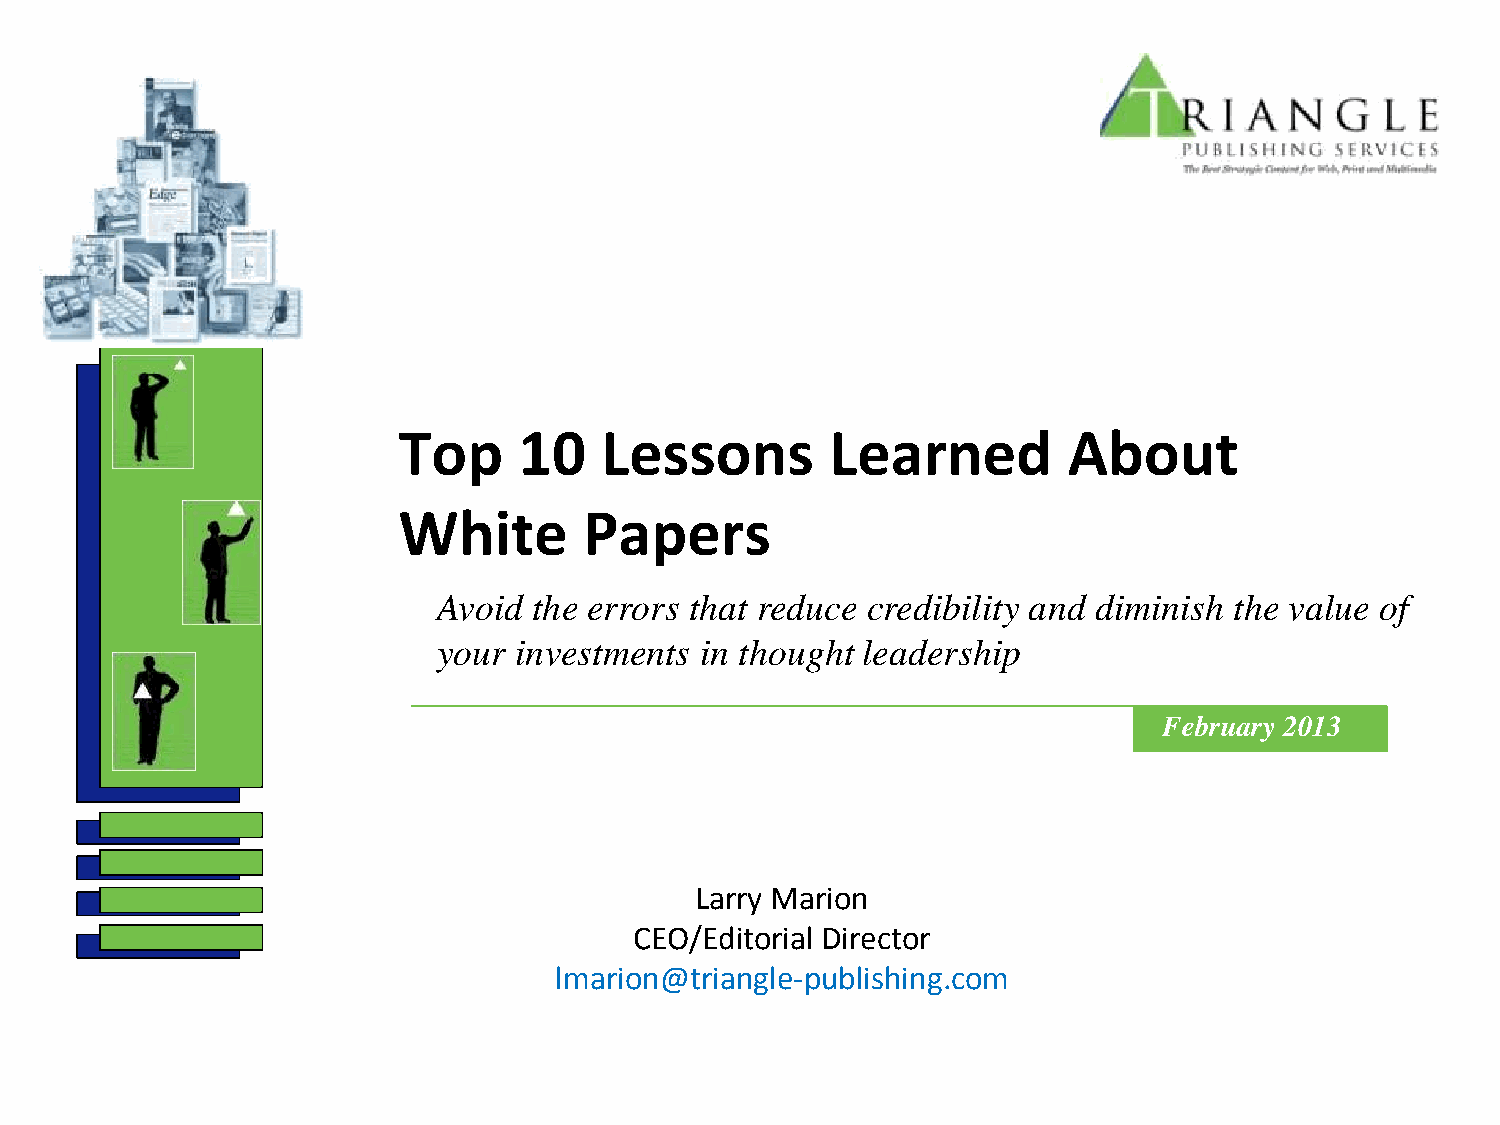
Top     10    Lessons        Learned         About
 White        Papers
 Avoid the errors that reduce credibility and diminish the value of
 your investments in thought leadership
 February 2013
 Larry Marion
 CEO/Editorial Director
 lmarion@triangle-publishing.com